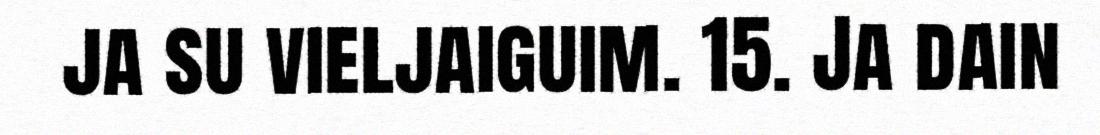
ja su vieljaiguim. 15. Ja dain